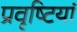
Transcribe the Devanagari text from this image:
प्रवृष्‍टियां